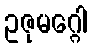
ဥဇုမဂ္ဂေါ